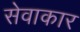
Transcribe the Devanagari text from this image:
सेवाकार